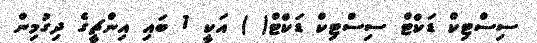
ސިސްޓިކް ޑަކްޓް ސިސްޓިކް ޑަކްޓް( ) އަކީ 1 ބައި އިންޗީގެ ދިގުމިން